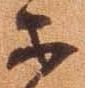
等